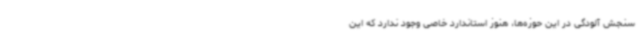
سنجش آلودگی در این حوزه‌ها، هنوز استاندارد خاصی وجود ندارد که این